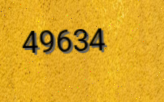
49634